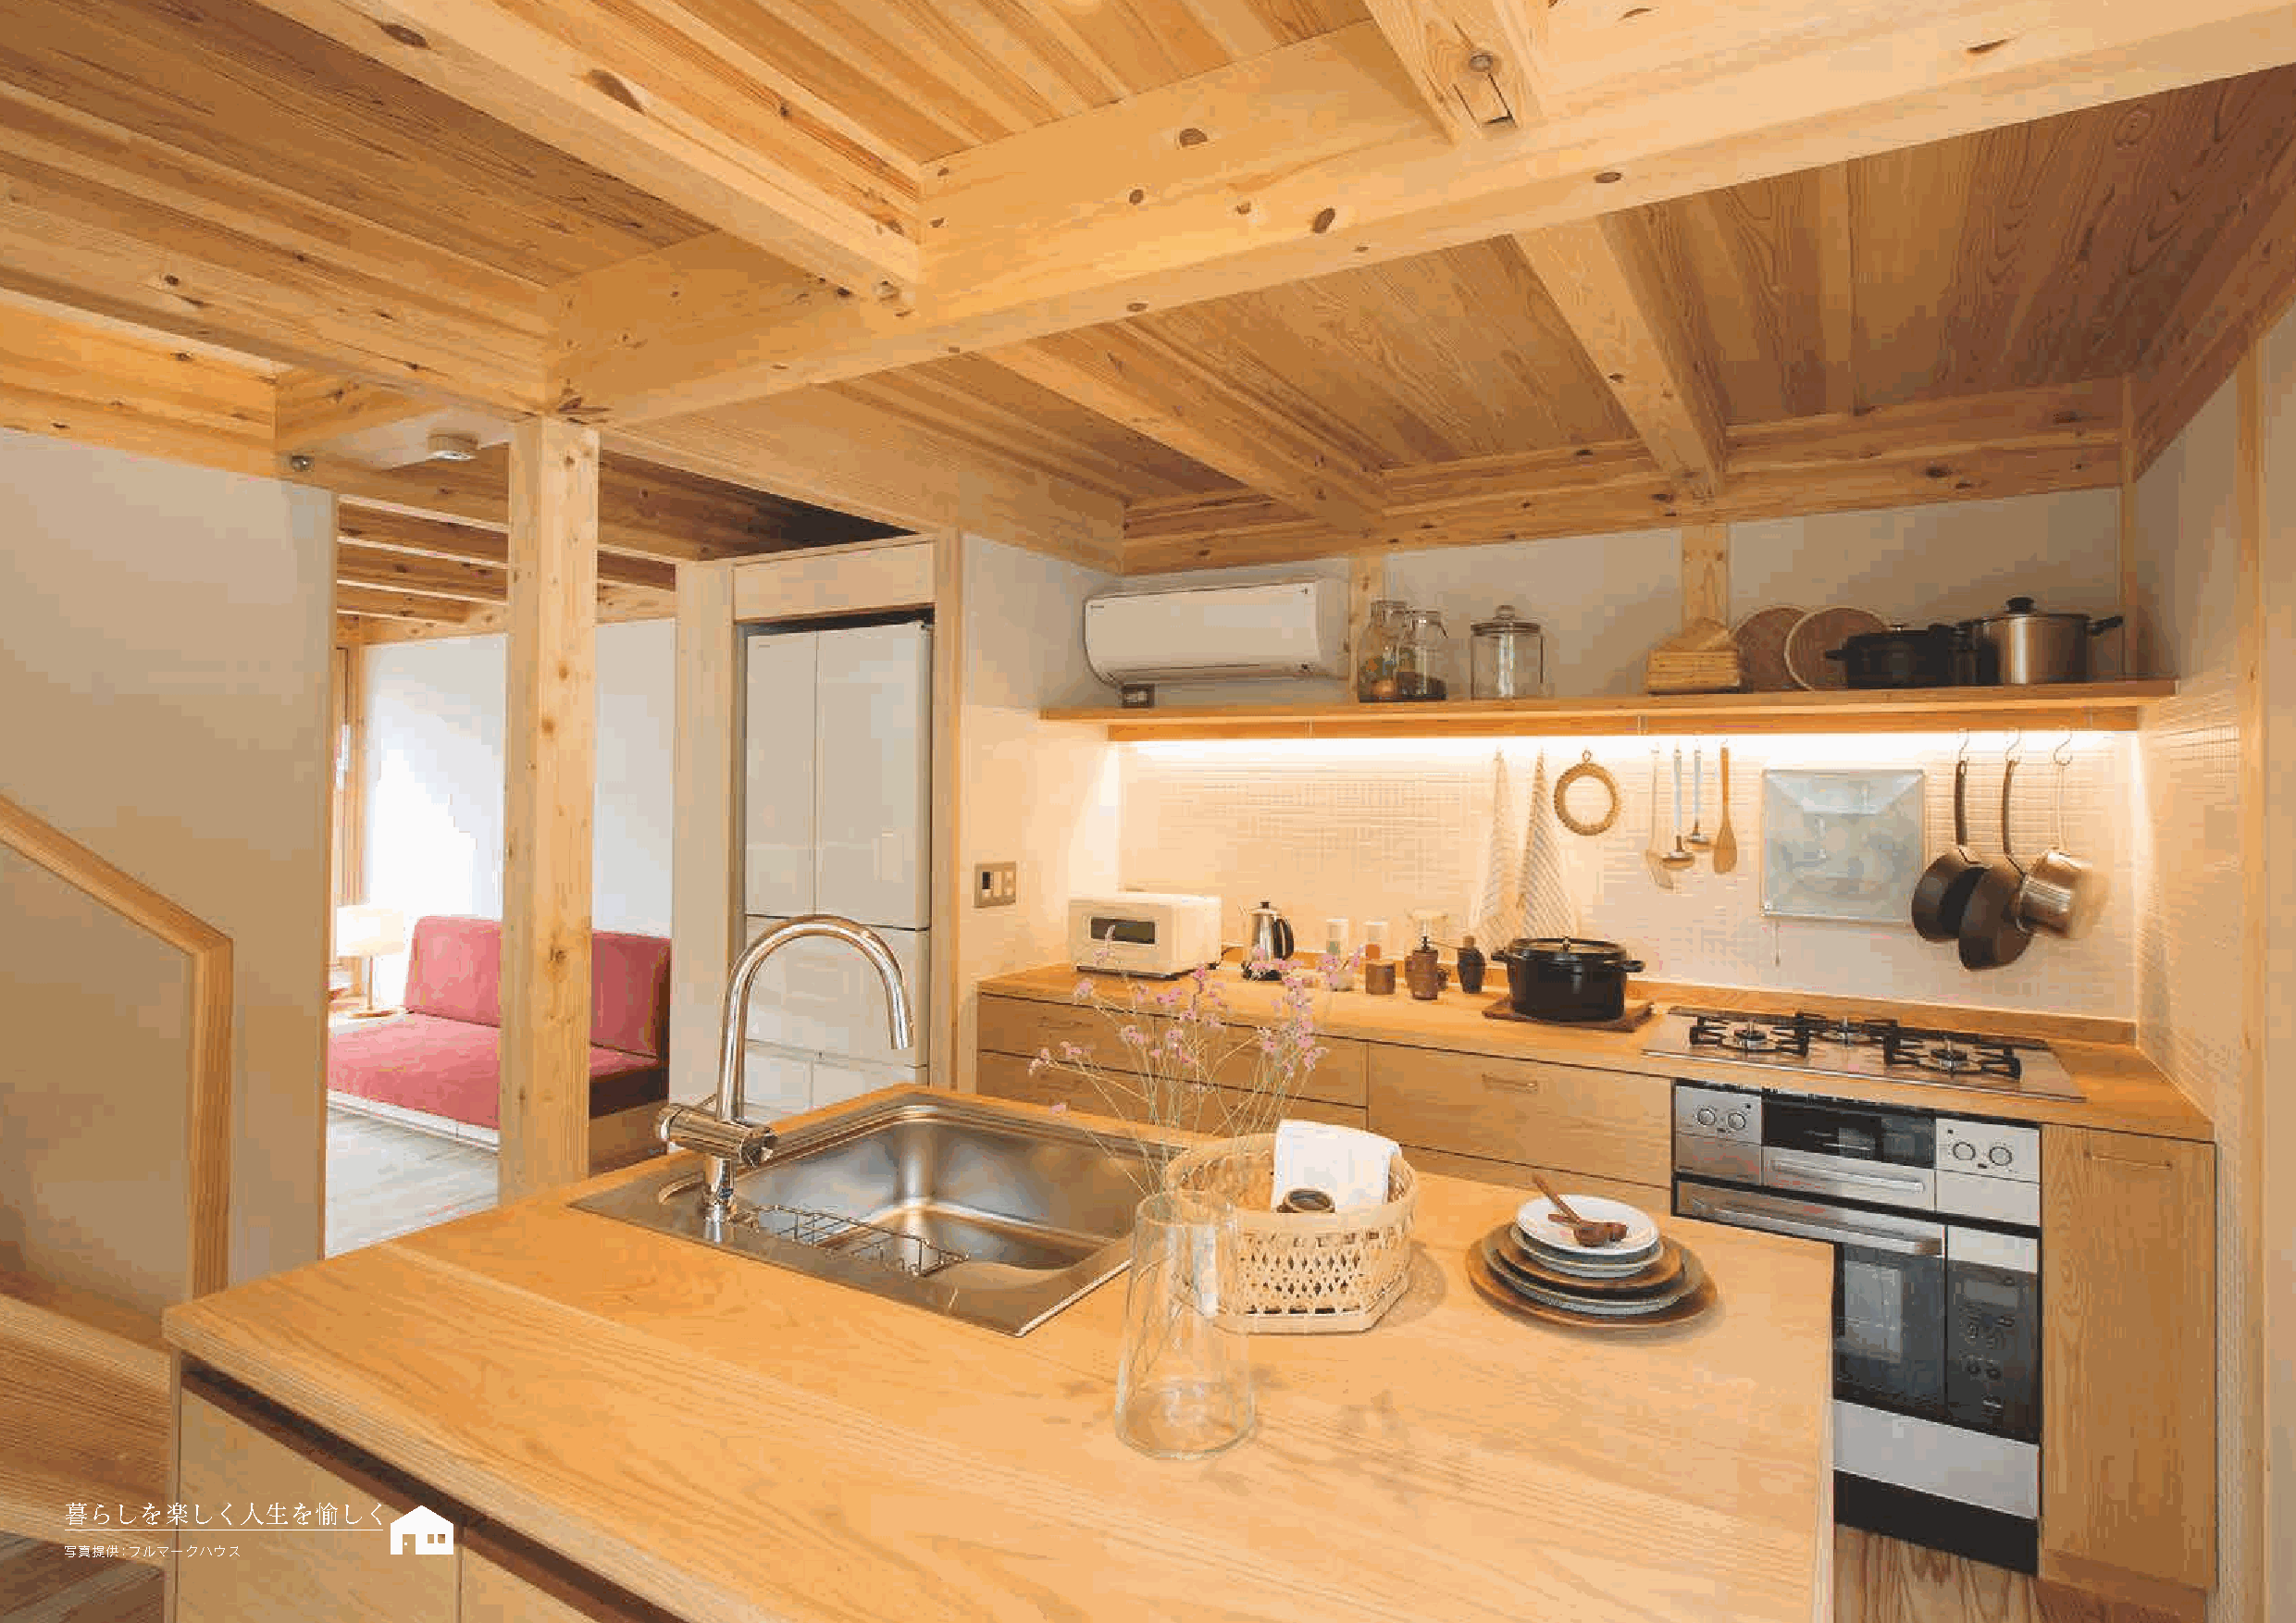
暮らしを楽しく人生を愉しく
 写真提供：フルマークハウス
 05                                                                                                                                                            04